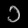
Digit: ၁